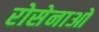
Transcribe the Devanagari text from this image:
रोसेनाओ